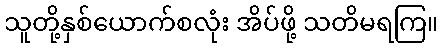
သူတို့နှစ်ယောက်စလုံး အိပ်ဖို့ သတိမရကြ။